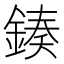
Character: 𨨯